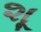
શૂ